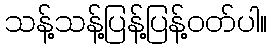
သန့်သန့်ပြန့်ပြန့်ဝတ်ပါ။